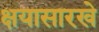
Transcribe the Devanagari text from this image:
क्षयासारखे